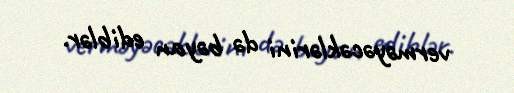
verməyəcəklərini də bəyan ediblər.